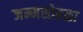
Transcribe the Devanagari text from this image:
जन्मसोहळा